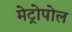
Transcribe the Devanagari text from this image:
मेट्रोपोल